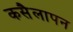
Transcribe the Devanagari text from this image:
कसैलापन